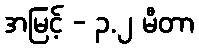
အမြင့် - ၃.၂ မီတာ